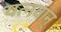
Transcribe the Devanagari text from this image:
यत्नवान्